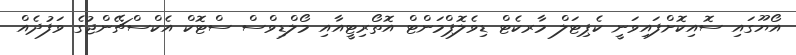
އޯޔޫގައި ސޮއިކޮށްފައިވަނީ ކެޕިޓަލް މާރކެޓް ޑިވެލޮޕްމަންޓް އޮތޯރިޓީއާއި މޯލްޑިވްސް ސްޓޮކް އެކްސްޗޭންޖުގެ ވަފުދެއް